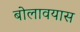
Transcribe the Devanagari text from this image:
बोलावयास